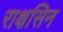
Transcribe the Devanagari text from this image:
राक्षसिन